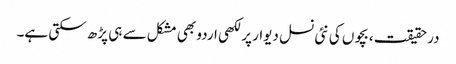
درحقیقت، بچوں کی نئی نسل دیوار پر لکھی اردو بھی مشکل سے ہی پڑھ سکتی ہے۔